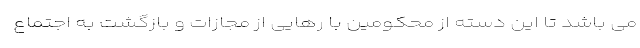
می باشد تا این دسته از محکومین با رهایی از مجازات و بازگشت به اجتماع